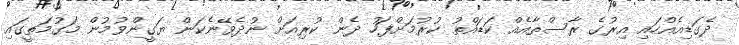
ދެގަޑިއެއްހައި އިރުގެ ރާސްތާއެއް ކަޑައްތު ކުރުމަށްފަހު ދެން ކުރިއަށް ނުދެވޭނެކަން ޔަގީންވުމުން މަގުމަތީގައި